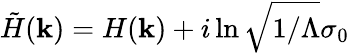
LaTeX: \tilde{H}(\mathbf{k})=H(\mathbf{k})+i\ln\sqrt{1/\Lambda}\sigma_{0}